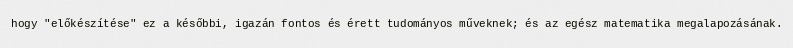
hogy "előkészítése" ez a későbbi, igazán fontos és érett tudományos műveknek; és az egész matematika megalapozásának.